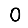
Digit: 0